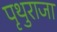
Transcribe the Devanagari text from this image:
पृथुराजा